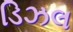
ડિઝલ